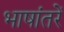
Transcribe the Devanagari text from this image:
भाषांतरें